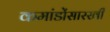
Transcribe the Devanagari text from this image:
कमांडोंसारखी